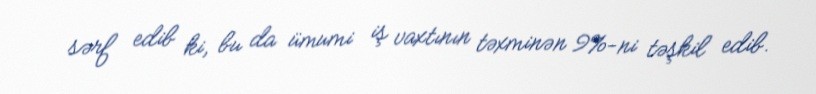
sərf edib ki, bu da ümumi iş vaxtının təxminən 9%-ni təşkil edib.